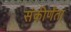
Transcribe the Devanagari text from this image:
संकीर्णंता